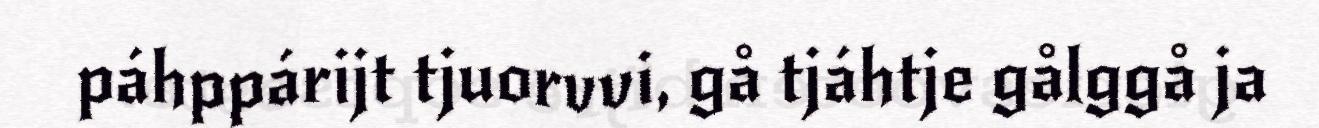
páhppárijt tjuorvvi, gå tjáhtje gålggå ja